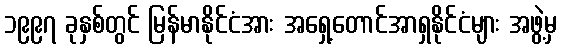
၁၉၉၇ ခုနှစ်တွင် မြန်မာနိုင်ငံအား အရှေ့တောင်အာရှနိုင်ငံများ အဖွဲ့မှ